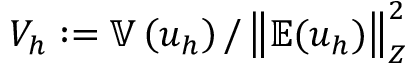
V _ { h } : = \mathbb { V } \left( u _ { h } \right) / \left\Vert \mathbb { E } ( u _ { h } ) \right\Vert _ { Z } ^ { 2 }